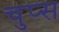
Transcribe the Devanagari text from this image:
चुप्स